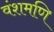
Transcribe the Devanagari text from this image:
वंशमणि